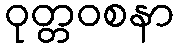
ဝုတ္တဝစနာ